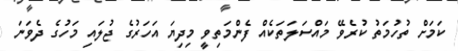
ކަމަށް ތުހުމަތު ކުރެވޭ މައްސަލަތަކެއް ފެންމަތިވީ މިދިޔަ އަހަރުގެ ޖުލައި މަހުގެ ދެވަނަ